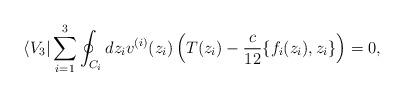
LaTeX: \begin{align*}\langle V_3|\sum_{i=1}^3\oint_{C_i}dz_iv^{(i)}(z_i)\left(T(z_i)-\frac{c}{12}\{f_i(z_i),z_i\}\right)=0, \end{align*}